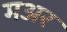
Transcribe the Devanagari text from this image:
मअर